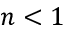
n < 1